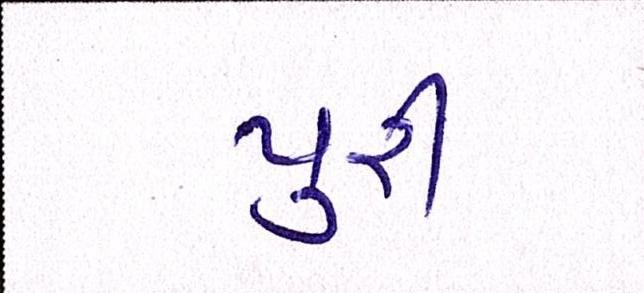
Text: પુરી